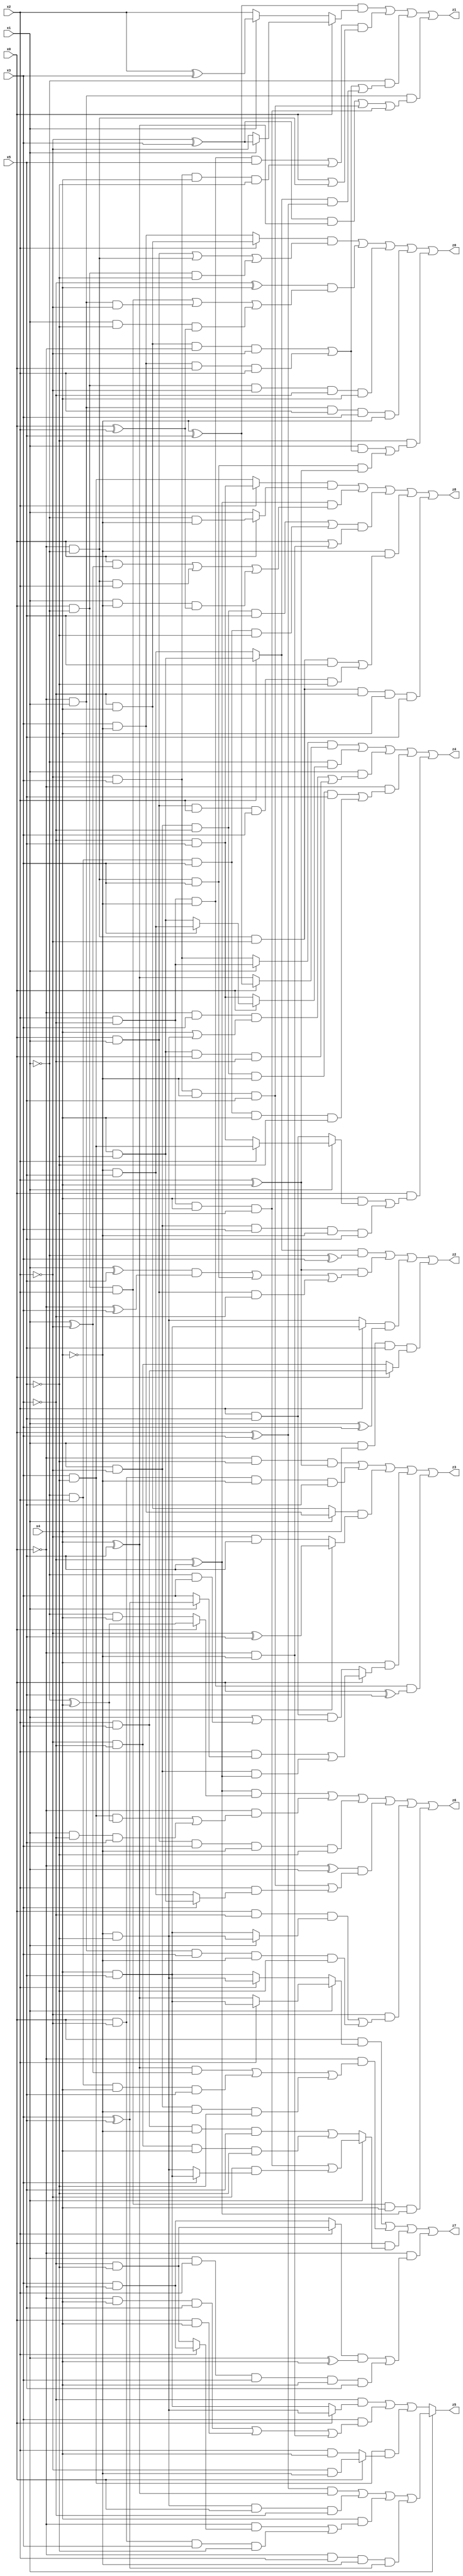
// Benchmark "X_56" written by ABC on Mon Jun 05 23:19:50 2023

module X_56 ( 
    x0, x1, x2, x3, x4, x5,
    z0, z1, z2, z3, z4, z5, z6, z7, z8  );
  input  x0, x1, x2, x3, x4, x5;
  output z0, z1, z2, z3, z4, z5, z6, z7, z8;
  assign z0 = ((x2 ? (~x3 & x4) : (x3 & ~x4)) & ((x0 & x1) | (~x0 & ~x1) | (x0 & ~x1 & ~x5))) | ((~x3 ^ x4) & ((x0 & ~x1 & x2) | (~x0 & x1 & ~x2) | (x1 & ~x5 & (x0 ^ x2)))) | (x0 & ~x1 & ~x2 & ~x3 & x4) | (~x0 & x1 & x2 & x3 & ~x4) | (~x5 & ((x1 & ((~x3 & x4 & ~x0 & ~x2) | (x3 & ~x4 & x0 & x2))) | (~x0 & ~x1 & x3 & (x2 ^ x4))));
  assign z1 = ((~x4 ^ x5) & (x0 ? (x1 ? (~x2 ^ x3) : ~x2) : (x1 ? (x2 ^ x3) : x2))) | (((x2 & ~x3 & ~x4 & x5) | (~x2 & x3 & x4 & ~x5)) & (x0 | (~x0 & ~x1))) | (~x1 & ((~x3 & x4 & ~x0 & ~x2) | (x3 & ~x4 & x0 & x2) | ((x2 ? (x4 & ~x5) : (~x4 & x5)) & (x0 ^ x3)))) | (~x0 & x1 & (((~x2 ^ x3) & (x4 ^ x5)) | (~x2 & x3 & ~x4 & x5) | (x2 & ~x3 & x4 & ~x5)));
  assign z2 = ((x2 ? (x4 & ~x5) : (~x4 & x5)) & (~x1 ^ x3)) | ((x2 ^ x4) & (((x1 ^ x5) & (~x0 ^ x3)) | (~x0 & ~x1 & x3) | (x0 & x1 & ~x3))) | ((x2 ? (x4 & x5) : (~x4 & ~x5)) & (x1 ^ x3)) | (x1 & x4 & x5 & (x0 ? (x2 & x3) : (~x2 & ~x3)));
  assign z3 = (~x0 & ~x5 & (x2 ^ x4)) | (x0 & ~x2 & ~x4 & x5) | ((x1 ? (x3 & ~x4) : (~x3 & x4)) & (x0 ? (~x2 ^ x5) : (~x2 & x5))) | (x4 & (x0 ? ((x2 & (x1 ? (x3 ^ x5) : x3)) | (x1 & ~x2 & (~x3 ^ x5))) : (x2 & x5 & (x1 | (~x1 & x3))))) | (x2 & ~x3 & ~x4 & (x0 ^ x5));
  assign z4 = ((x1 ? (x2 & ~x3) : (~x2 & x3)) & (x0 ? (~x4 ^ x5) : (x4 ^ x5))) | (~x1 & (x0 ? (x3 ? (~x4 & x5) : (x4 & ~x5)) : (~x3 & x5))) | (x1 & ((~x0 & x3 & (x4 | (~x4 & ~x5))) | (x4 & ~x5 & x0 & ~x3))) | (~x0 & ((x1 & ~x2 & ~x3 & ~x4 & x5) | (~x1 & x2 & x3 & x4 & ~x5))) | (x0 & ((x4 & (x1 ? (x2 ? (x3 & ~x5) : (~x3 & x5)) : (x2 & x5))) | (x1 & ~x2 & x3 & ~x4 & x5)));
  assign z5 = x1 ? (((x0 ^ x3) & (x4 ^ x5)) | (~x4 & ~x5 & x0 & ~x3) | (x4 & ((~x0 & (x2 ? (x3 & x5) : (~x3 & ~x5))) | (x0 & ~x2 & x3 & ~x5))) | (~x0 & x2 & ~x4 & (x3 ^ x5))) : ((~x3 & (x0 ? (~x4 & ~x5) : (x4 & x5))) | (x3 & ((~x0 & x4 & x5) | (x0 & x4) | (~x0 & ~x4))) | (x3 & ~x5 & (x0 ? (~x2 & ~x4) : (x2 & x4))));
  assign z6 = ((~x3 ^ x5) & (x0 ? (~x1 ^ x4) : (~x1 & x4))) | (~x0 & ((x3 & ~x5 & (~x1 ^ x4)) | (x1 & ~x3 & x5))) | (x0 & x1 & x3 & ~x4 & ~x5) | ((~x0 ^ x1) & ((~x2 & x3 & ~x4 & x5) | (x2 & (x3 ? (x4 & ~x5) : (~x4 & x5))))) | (~x2 & ((x0 & ~x3 & (x1 ? (~x4 & ~x5) : (x4 & x5))) | (~x0 & x1 & x3 & ~x4 & ~x5))) | (x0 & ~x1 & x2 & x4 & (~x3 ^ x5));
  assign z7 = (x0 & (x1 ? (x2 ? (x4 & x5) : (x4 ^ x5)) : (x2 ? (~x4 & ~x5) : (x4 & x5)))) | (~x0 & (((x4 ^ x5) & (x1 ^ ~x2)) | (~x1 & x2 & x4 & x5) | (x1 & ~x2 & ~x4 & ~x5))) | (x0 & (x1 ? ((x2 & ~x3 & x4 & ~x5) | (~x2 & (x3 ? (x4 & x5) : (~x4 & ~x5)))) : ((x2 & x3 & ~x4 & x5) | (~x2 & ~x3 & x4 & ~x5)))) | (~x0 & (((x2 ? (~x3 & ~x5) : (x3 & x5)) & (x1 ^ x4)) | (x1 & x2 & x3 & x4 & x5)));
  assign z8 = ((x2 ? (~x3 & x5) : (x3 & ~x5)) & (x0 ? (~x1 & ~x4) : x1)) | ((~x3 ^ x5) & ((x0 & (x1 ^ ~x2)) | (~x0 & ~x1 & x2) | (x1 & ~x4 & (x0 ^ x2)))) | (((x1 & ~x2 & ~x3 & x5) | (~x1 & x2 & x3 & ~x5)) & (x0 | (~x0 & ~x4))) | (~x4 & ((~x0 & ~x1 & ~x2 & x5) | (x0 & x1 & x2 & x3 & ~x5))) | (~x0 & ~x1 & ~x2 & ~x3 & x4 & x5);
endmodule